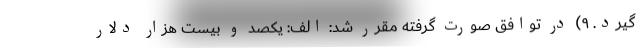
گیرد. ۹) در توافق صورت گرفته مقرر شد: الف: یکصد و بیست هزار دلار